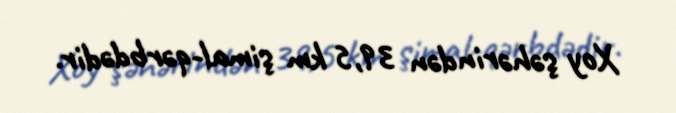
Xoy şəhərindən 39,5 km şimal-qərbdədir.